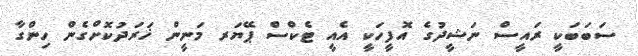
ސަބަބަކީ ރައީސް ނަޝީދުގެ އޮފީހަކީ އެެއީ ޓެކްސް ޕޭޔަރ މަނީން ޚަރަދުކޮށްގެން ހިންގާ